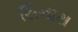
સિનાસ